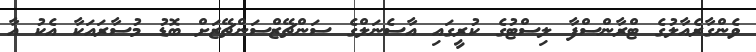
ވެންގާރެއާލުގެ ޓްރާންސްފާ ލިސްޓުގެ ކުރީގައި އާސެނަލްގެ ސަންޗޭޒްސަންޗޭޒަށް ބޮޑު މުސާރައަކާ އެކު އާ